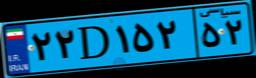
۲۲D۱۵۲۵۲